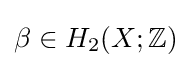
\beta \in H_{2}(X;\mathbb {Z} )